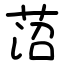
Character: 菬